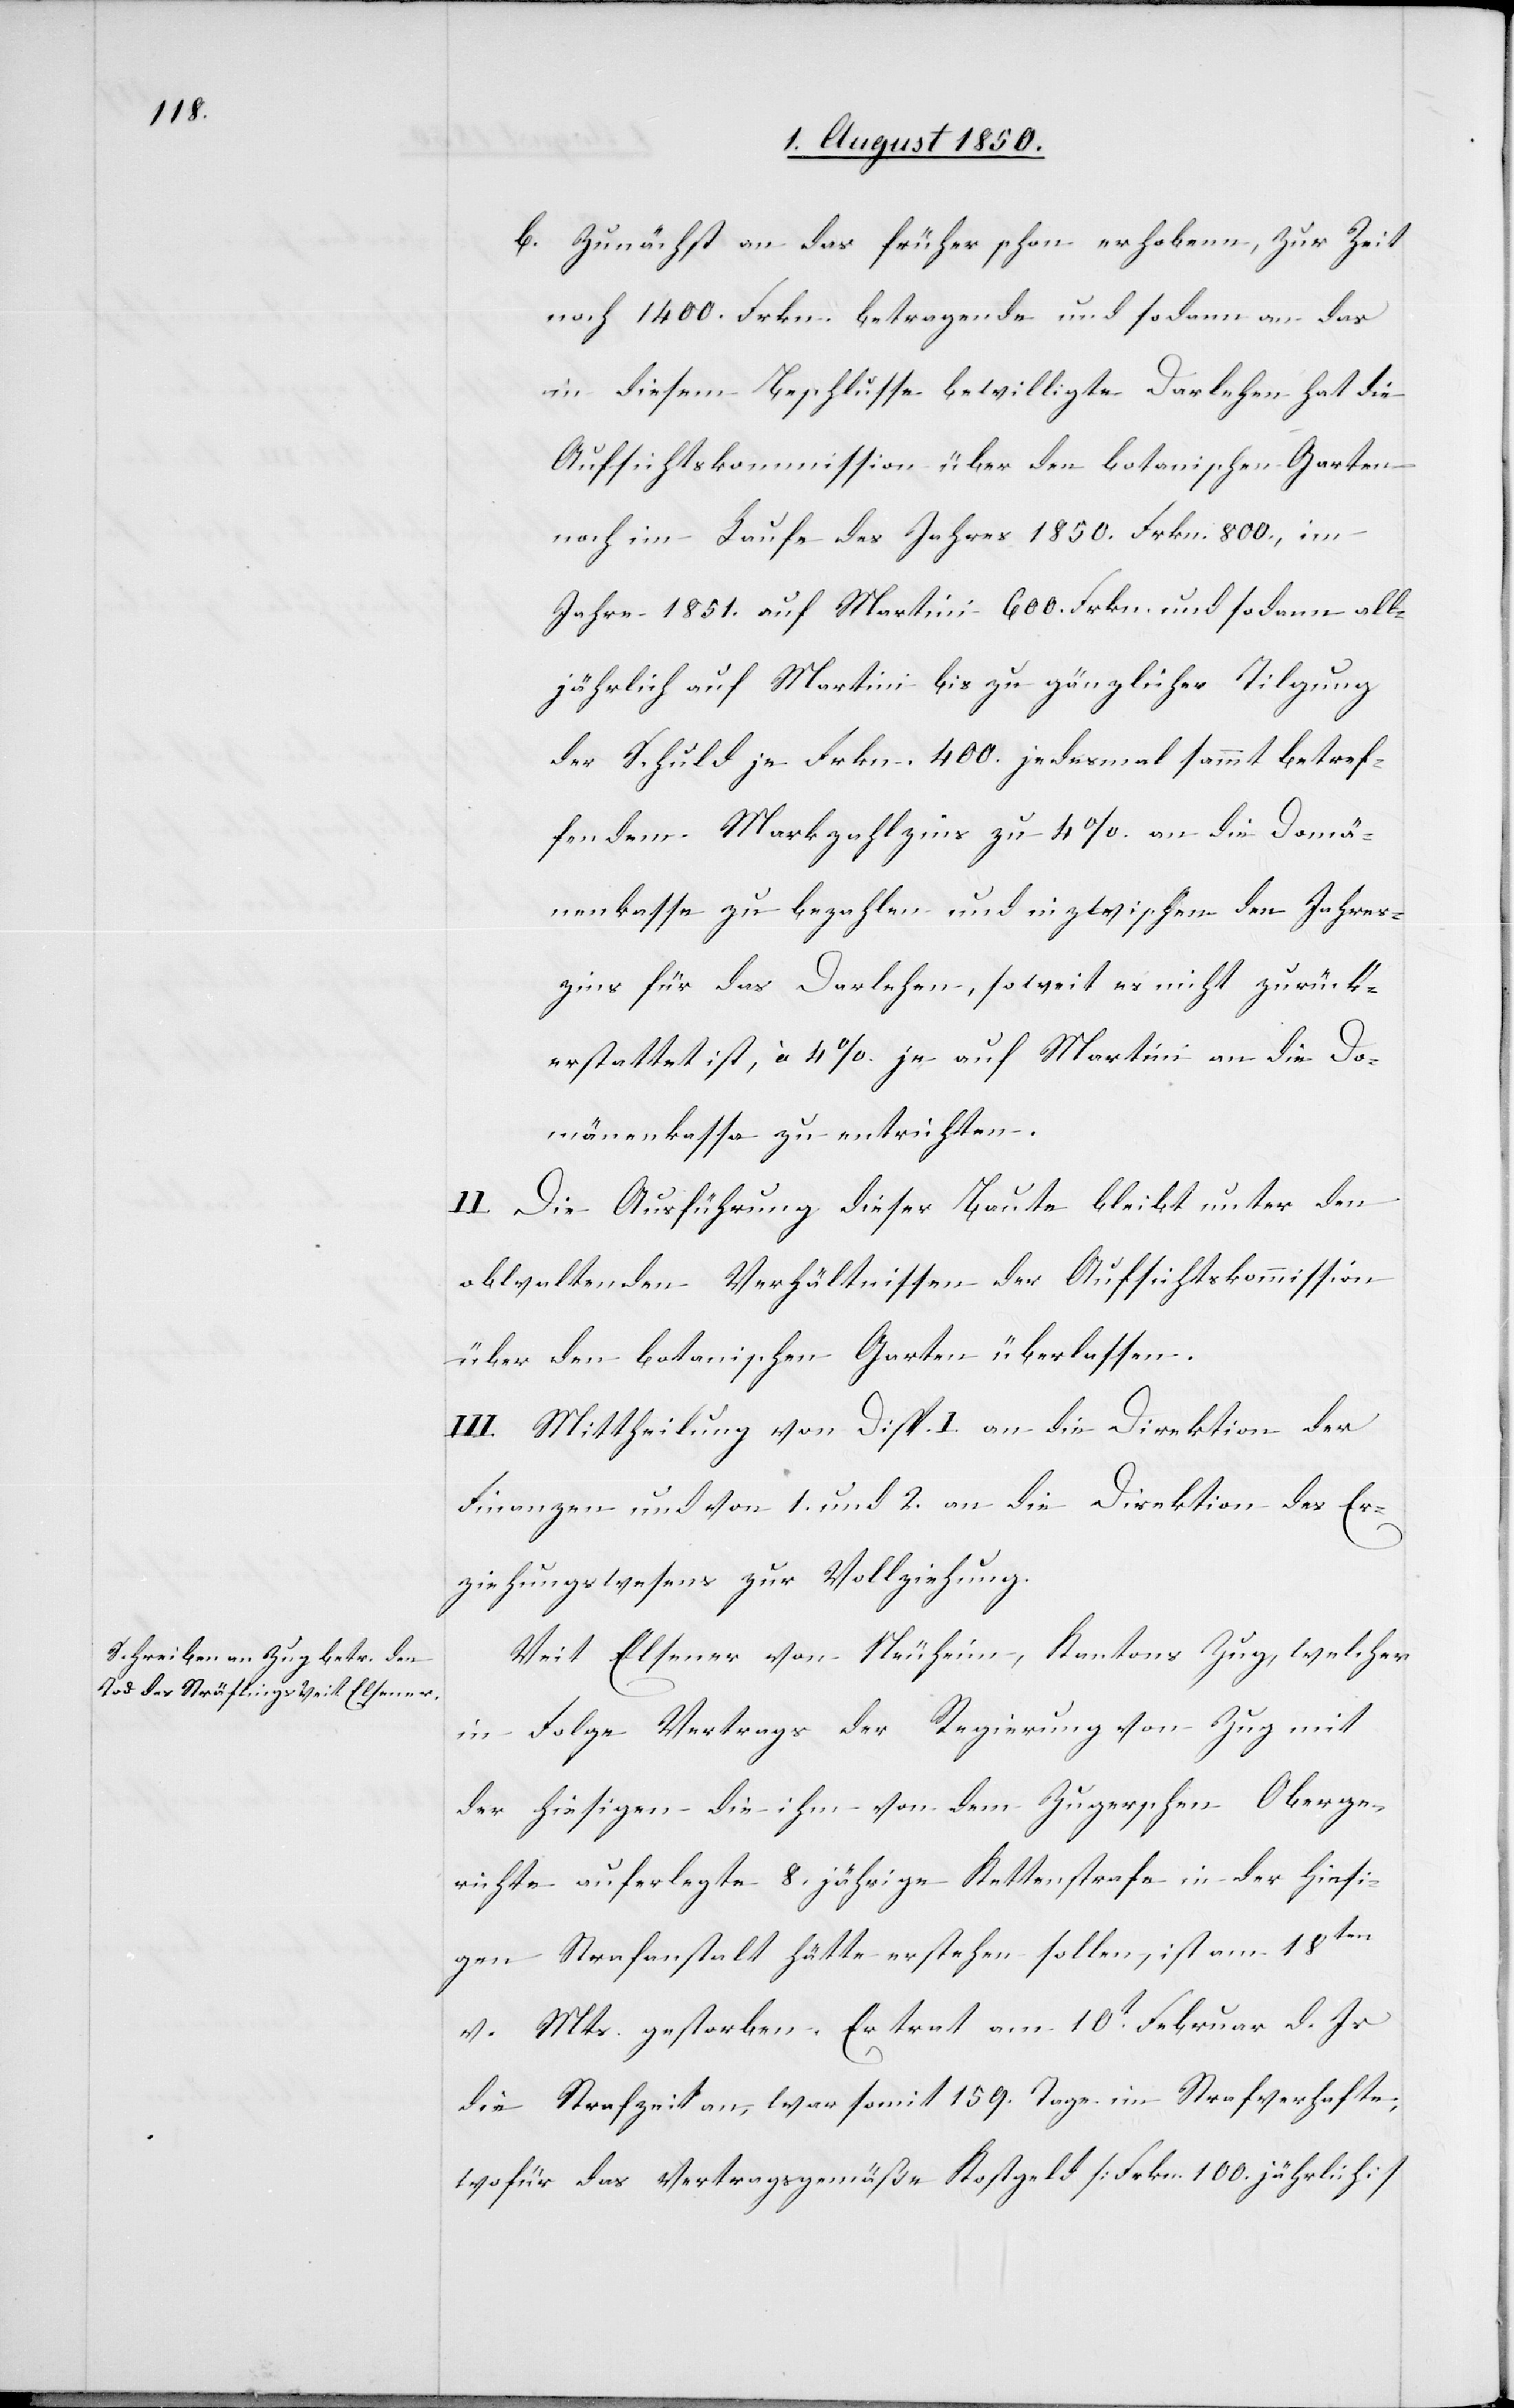
b. Zunächst an das früher schon erhobene, zur Zeit
noch 1400. Frkn. betragende und sodann an das
in diesem Beschlusse bewilligte Darlehen hat die
Aufsichtskommission über den botanischen Garten
noch im Laufe des Jahres 1850. Frkn. 800., im
Jahre 1851. auf Martini 600. Frkn. und sodann all¬
jährlich auf Martini bis zu gänzlicher Tilgung
der Schuld je Frkn. 400. jedesmal sammt betref¬
fendem Markzahlzins zu 4 %. an die Domä¬
nenkasse zu bezahlen und inzwischen den Jahres¬
zins für das Darlehen, soweit es nicht zurück¬
erstattet ist, à 4 %. je auf Martini an die Do¬
mänenkassa zu entrichten.
II. Die Ausführung dieser Baute bleibt unter den
obwaltenden Verhältnissen der Aufsichtskommission
über den botanischen Garten überlassen.
III. Mittheilung von Disp. I. an die Direktion der
Finanzen und von 1. und 2. an die Direktion des Er¬
ziehungswesens zur Vollziehung.
Veit Elsener von Neuheim, Kantons Zug, welcher
in Folge Vertrags der Regierung von Zug mit
der hiesigen die ihm von dem Zugerschen Oberge¬
richte auferlegte 8. jährige Kettenstrafe in der hiesi¬
gen Strafanstalt hätte erstehen sollen, ist am 18ten
v. Mts. gestorben. Er trat am 10t Februar d. Js
die Strafzeit an, war somit 159. Tage im Strafverhafte,
wofür das vertragsgemäße Kostgeld [Frkn. 100. jährlich]